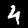
Digit: 4